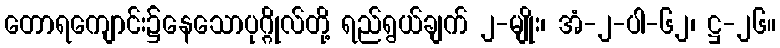
တောရကျောင်း၌နေသောပုဂ္ဂိုလ်တို့ ရည်ရွယ်ချက် ၂-မျိုး၊ အံ-၂-ပါ-၆၂၊ ဋ္ဌ-၂၆။